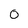
Character: 0